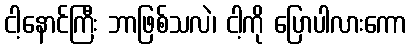
ငါ့နောင်ကြီး ဘာဖြစ်သလဲ၊ ငါ့ကို ပြောပါလားကော